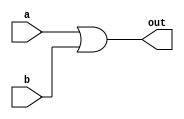
module or_1(a,b,out);
  input a,b;
  output out;
  assign out= a|b;
endmodule